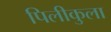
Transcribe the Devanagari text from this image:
पिलीकुला